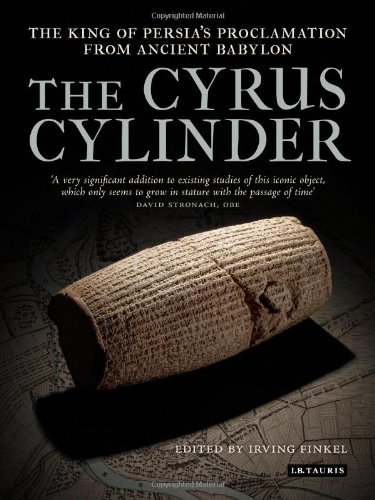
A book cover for The Cyrus Cylinder: The King of Persia's Proclamation from Ancient Babylon; History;